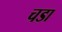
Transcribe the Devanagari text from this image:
चडा